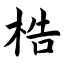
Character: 梏